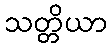
သတ္တိယာ